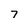
Character: 7